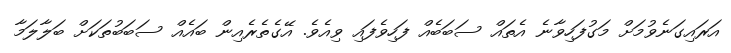
އަރައިގަނެވުމަށް މަގުފަހިވާނެ އެތައް ސަބަބެއް ފަހިވެފައި ވިއެވެ. އޭގެތެރެއިން ބައެއް ސަބަބުތަކަށް ބަލާލަމާ